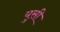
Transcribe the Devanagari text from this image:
युसी